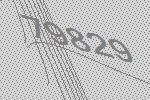
79829